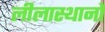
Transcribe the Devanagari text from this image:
लीलास्थानों